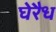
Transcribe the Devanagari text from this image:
घेरैध